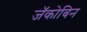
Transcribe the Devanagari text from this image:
जॅकोबिन